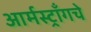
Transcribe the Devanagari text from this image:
आर्मस्ट्राँगचे